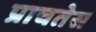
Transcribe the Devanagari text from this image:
प्राचतेस